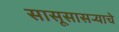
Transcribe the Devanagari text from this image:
सासूसासऱ्याचे